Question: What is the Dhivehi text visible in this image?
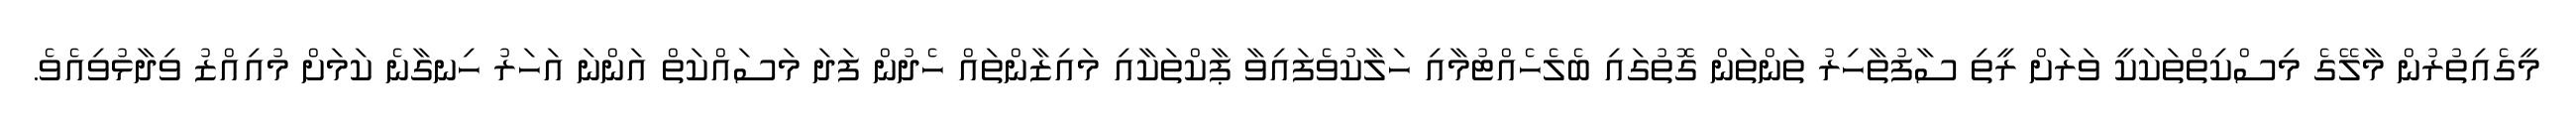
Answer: މީގެއިތުރުން މާލޭގެ މިސްކިތްތަކަކީ ވަރަށް ރީތި ސާފުތާހިރު ތަންތަން ގޮތުގައި ބެލެހެއްޓުމާއި ހަލާކުވެފައިވާ ޕާކްތަކާއި މައިޒާންތައް ހެދުން ފަދަ މަސައްކަތް އަންނަ އަހަރު ހިނގާނެ ކަމަށް މުއިއްޒު ވިދާޅުވިއެވެ.